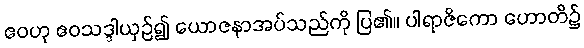
ဧဝဟု ဧဝသဒ္ဒါယှဉ်၍ ယောဇနာအပ်သည်ကို ပြ၏။ ပါရာဇိကော ဟောတိ၌